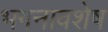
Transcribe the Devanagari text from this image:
भगनावशेष